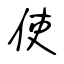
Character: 使